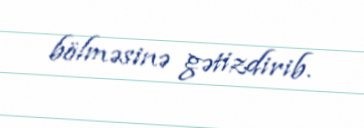
bölməsinə gətizdirib.